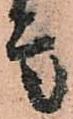
言